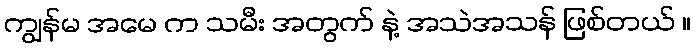
ကျွန်မ အမေ က သမီး အတွက် နဲ့ အသဲအသန် ဖြစ်တယ် ။